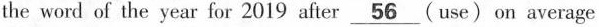
the word of the year for 2019 after \underline{56}(use) on average